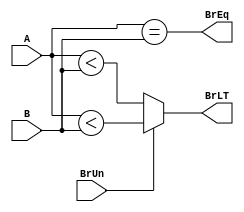
module compare ( A, B , BrUn, BrEq, BrLT);
input [31:0] A;
input [31:0] B;
input BrUn;
output BrEq;
output BrLT;


wire less_signed;
wire less_unsigned;
assign less_signed = ($signed(A) < $signed(B));
assign less_unsigned = A < B;

assign  BrLT = BrUn? (A < B):($signed(A) < $signed(B));//less than
assign  BrEq =  (A == B);//equal to

endmodule